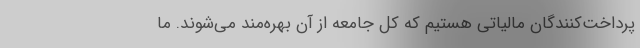
پرداخت‌کنندگان مالیاتی هستیم که کل جامعه از آن بهره‌مند می‌شوند. ما